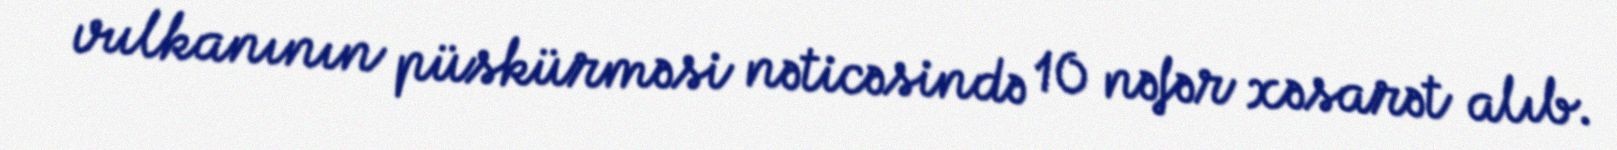
vulkanının püskürməsi nəticəsində 10 nəfər xəsarət alıb.